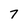
Character: 7